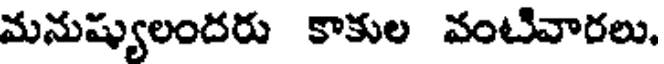
మనుష్యులందరు కాకుల వంటివారలు.